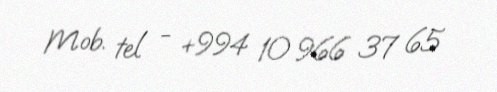
Mob. tel - +994 10 966 37 65